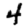
Digit: 4